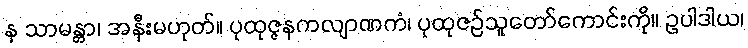
န သာမန္တာ၊ အနီးမဟုတ်။ ပုထုဇ္ဇနကလျာဏကံ၊ ပုထုဇဉ်သူတော်ကောင်းကို။ ဥပါဒါယ၊